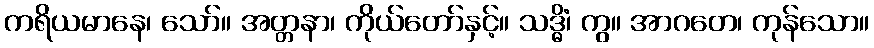
ကရိယမာနေ၊ သော်။ အတ္တနာ၊ ကိုယ်တော်နှင့်။ သဒ္ဓိံ၊ ကွ။ အာဂတေ၊ ကုန်သော။